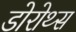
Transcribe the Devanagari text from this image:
डोरोथ्स